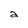
Character: a